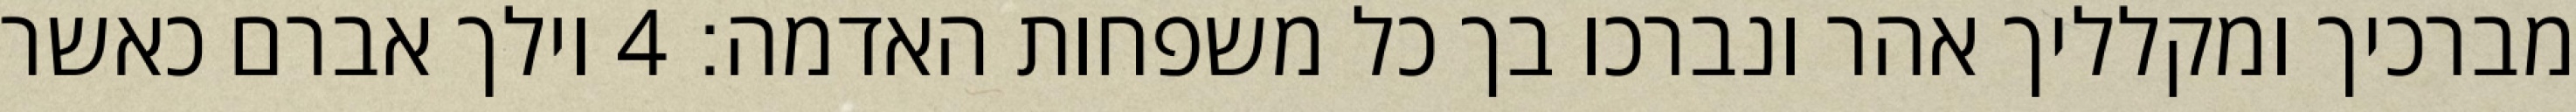
מברכיך ומקלליך אהר ונברכו בך כל משפחות האדמה׃ ‎4‏ וילך אברם כאשר